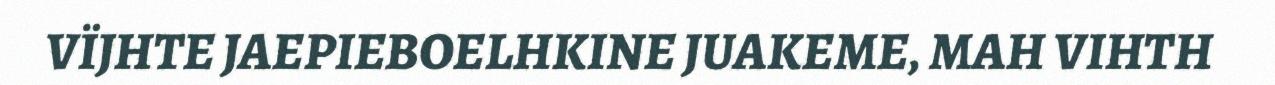
VÏJHTE JAEPIEBOELHKINE JUAKEME, MAH VIHTH